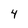
Character: 4